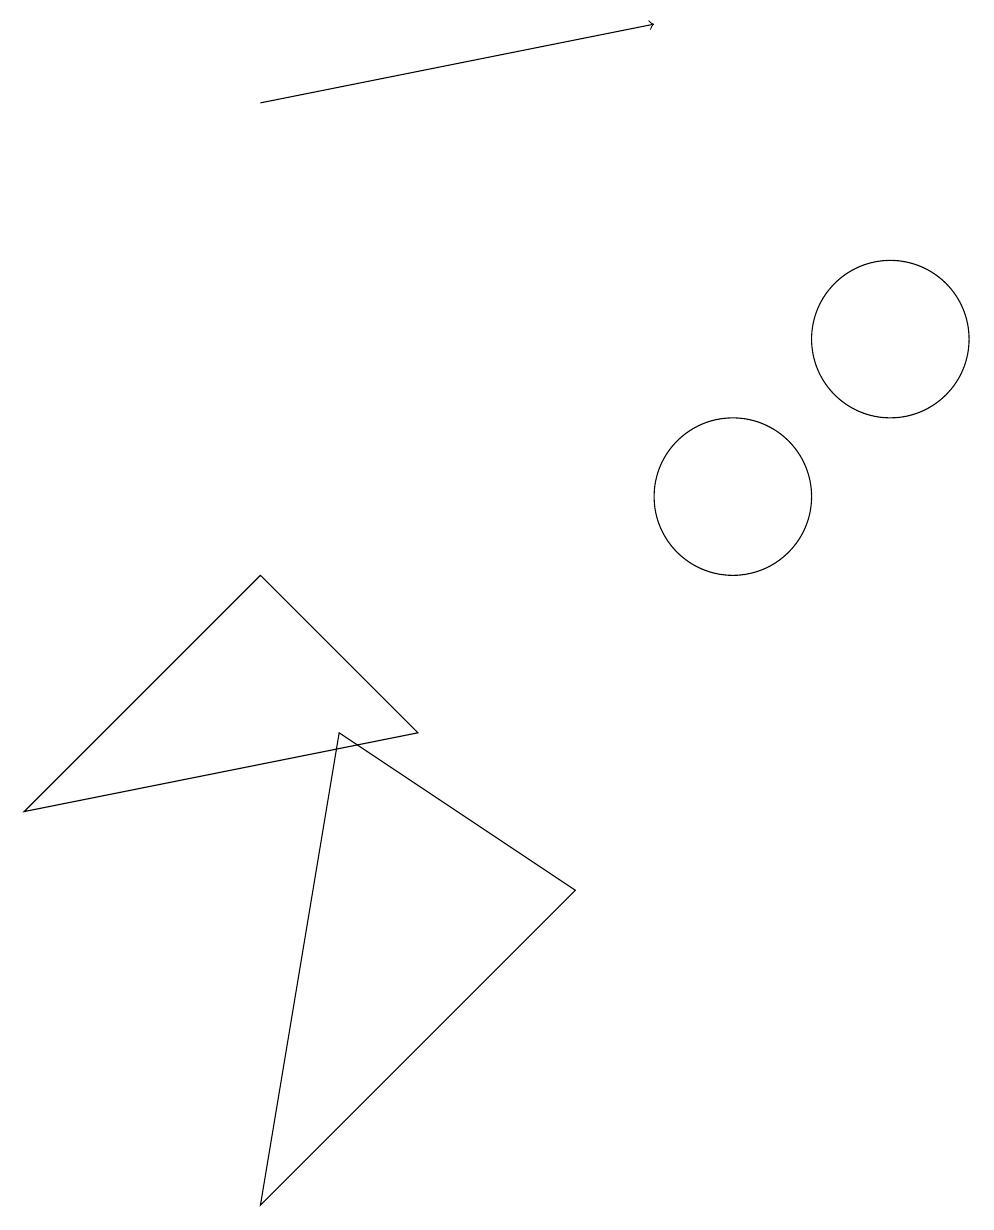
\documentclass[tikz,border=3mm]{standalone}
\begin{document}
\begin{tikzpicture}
\draw (8,5) -- (5,7) -- (4,1) -- cycle;
\draw (10,10) circle (1);
\draw (6,7) -- (4,9) -- (1,6) -- cycle;
\draw (12,12) circle (1);
\draw[->] (4,15) -- (9,16);
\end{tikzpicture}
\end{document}